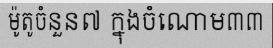
ម៉ូតូចំនួន៧ ក្នុងចំណោម៣៣